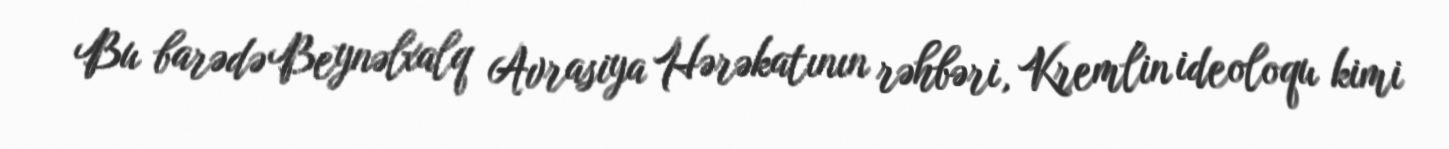
Bu barədə Beynəlxalq Avrasiya Hərəkatının rəhbəri, Kremlin ideoloqu kimi